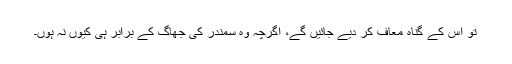
تو اس کے گناہ معاف کر دیے جائیں گے، اگرچہ وہ سمندر کی جھاگ کے برابر ہی کیوں نہ ہوں۔